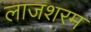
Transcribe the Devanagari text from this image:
लाजशरम